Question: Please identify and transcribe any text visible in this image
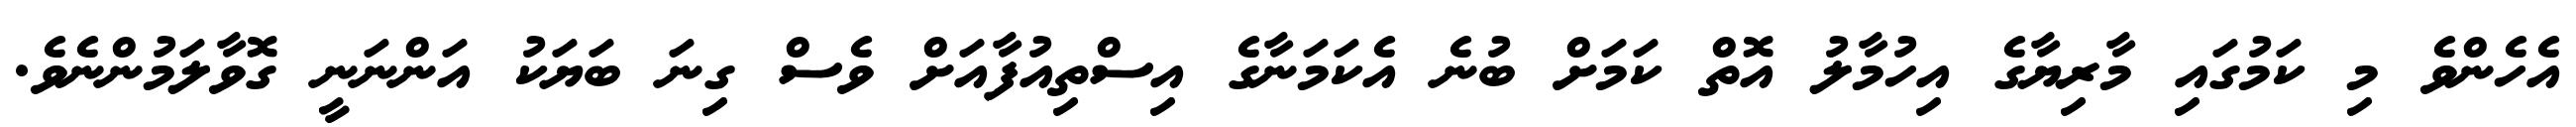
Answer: އެހެންވެ މި ކަމުގައި މާރިޔާގެ އިހުމާލު އޮތް ކަމަށް ބުނެ އެކަމަނާގެ އިސްތިއުފާއަށް ވެސް ގިނަ ބަޔަކު އަންނަނީ ގޮވާލަމުންނެވެ.